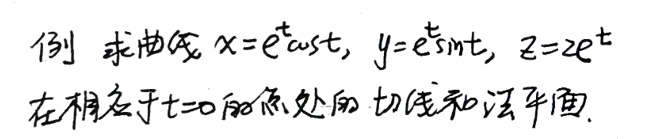
例 求曲线\(x = e^t\cos t\), \(y = e^t\sin t\), \(z = 2e^t\)在相应于\(t = 0\)的点处的切线和法平面.